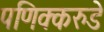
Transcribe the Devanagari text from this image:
पणिक्करुडे